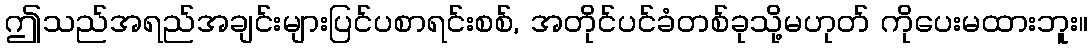
ဤသည်အရည်အချင်းများပြင်ပစာရင်းစစ်, အတိုင်ပင်ခံတစ်ခုသို့မဟုတ် ကိုပေးမထားဘူး။